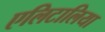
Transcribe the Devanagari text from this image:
एलिटालिया